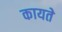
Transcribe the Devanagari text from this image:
कायते